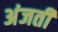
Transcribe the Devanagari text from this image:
अंजती